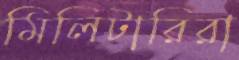
মিলিটারিরা